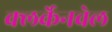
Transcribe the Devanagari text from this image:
क्लर्केनवेल